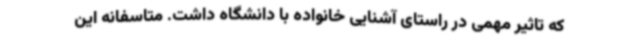
که تاثیر مهمی در راستای آشنایی خانواده با دانشگاه داشت. متاسفانه این